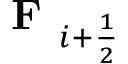
\textbf { F } _ { i + \frac { 1 } { 2 } }